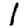
Digit: 1